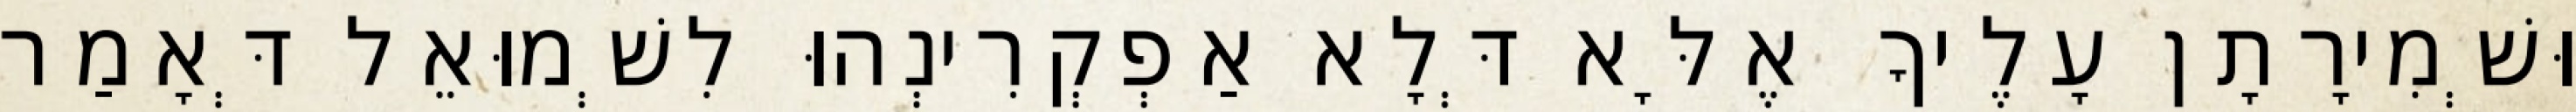
וּשְׁמִירָתָן עָלֶיךָ אֶלָּא דְּלָא אַפְקְרִינְהוּ לִשְׁמוּאֵל דְּאָמַר